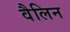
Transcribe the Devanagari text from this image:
वैलिन